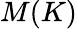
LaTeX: M(K)